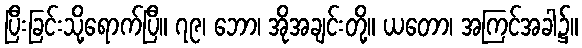
ပြီးခြင်းသို့ရောက်ပြီ။ ၇၉၊ ဘော၊ အိုအချင်းတို့။ ယတော၊ အကြင်အခါ၌။